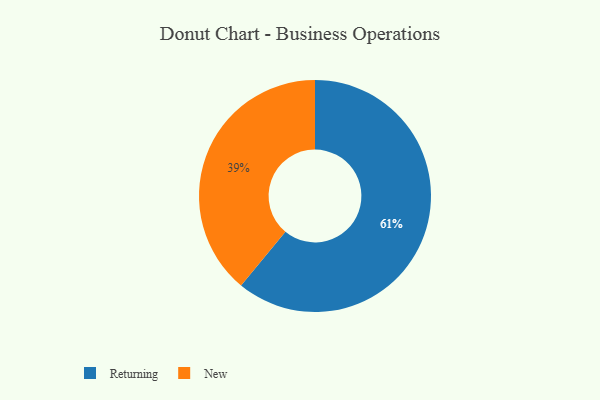
{"axis": {"x": "Category", "y": "Percentage"}, "legend": ["New", "Returning"], "data": [{"x": "New", "y": 39, "type": "New"}, {"x": "Returning", "y": 61, "type": "Returning"}]}